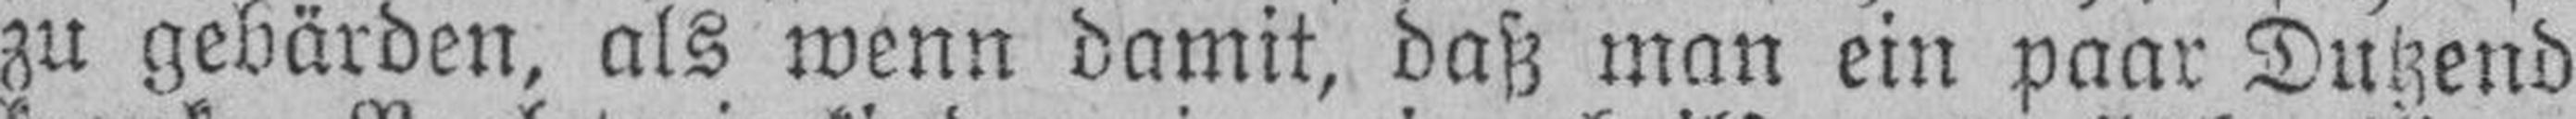
zu gebärden, als wenn damit, daß man ein paar Dutzend